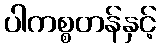
ပါကစ္စတန်နှင့်